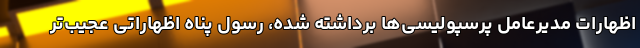
اظهارات مدیرعامل پرسپولیسی‌ها برداشته شده، رسول پناه اظهاراتی عجیب‌تر